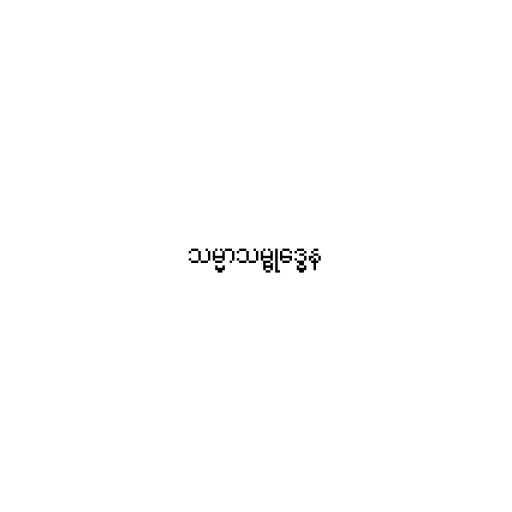
သမ္မာသမ္ဗုဒ္ဓေန